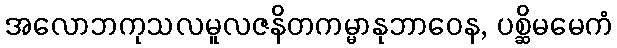
အလောဘကုသလမူလဇနိတကမ္မာနုဘာဝေန, ပစ္ဆိမမေကံ